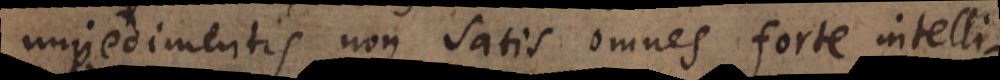
impedimentis non satis omnes forte intelli